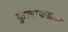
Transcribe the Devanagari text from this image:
फुलाफळावर